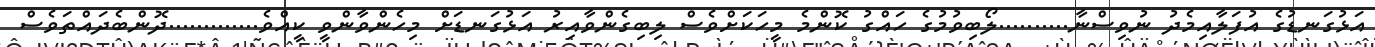
އަޅުގަނޑުގެ އުފަލާއިމެދު ނުވިސްނާ..........ލޯބިވުމުގެ ހައްގު ކޮންމެ މީހަކަށްވެސް ލިބިގެންވާއިރު އަޅުގަނޑަށް މިހެންވާންވީ ކީއްވެ.............ދޮންބެދައްތަވެސް